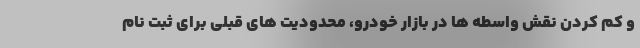
و کم کردن نقش واسطه ها در بازار خودرو، محدودیت های قبلی برای ثبت نام